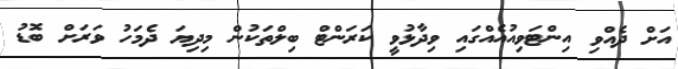
އަށް ދެއްވި އިންޓަވިއުއެއްގައި ވިދާޅުވީ ކަރަންޓް ބިލްތަކުން މިދިޔަ ދެމަހު ވަރަށް ބޮޑު